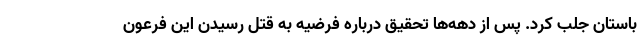
باستان جلب کرد. پس از دهه‌ها تحقیق درباره فرضیه به قتل رسیدن این فرعون